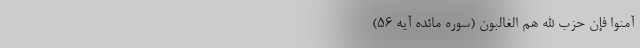
آمَنوا فَإِنَّ حِزبَ اللَّهِ هُمُ الغالِبونَ (سوره مائده آیه ۵۶)